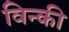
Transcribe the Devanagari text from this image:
विन्की